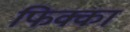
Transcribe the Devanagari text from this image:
फिक्का